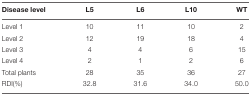
<table><thead><tr><td><b>Disease level</b></td><td><b>L5</b></td><td><b>L6</b></td><td><b>L10</b></td><td><b>WT</b></td></tr></thead><tbody><tr><td>Level 1</td><td>10</td><td>11</td><td>10</td><td>2</td></tr><tr><td>Level 2</td><td>12</td><td>19</td><td>18</td><td>4</td></tr><tr><td>Level 3</td><td>4</td><td>4</td><td>6</td><td>15</td></tr><tr><td>Level 4</td><td>2</td><td>1</td><td>2</td><td>6</td></tr><tr><td>Total plants</td><td>28</td><td>35</td><td>36</td><td>27</td></tr><tr><td>RDI(%)</td><td>32.8</td><td>31.6</td><td>34.0</td><td>50.0</td></tr></tbody></table>